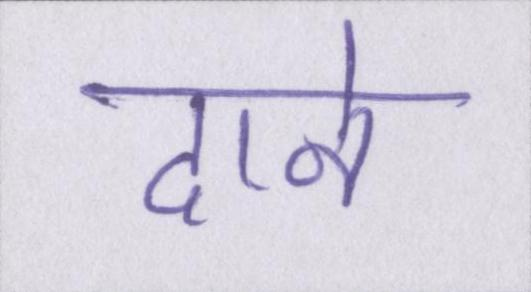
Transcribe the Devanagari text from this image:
दाने